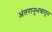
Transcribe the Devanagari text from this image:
अंतरानुभवातून